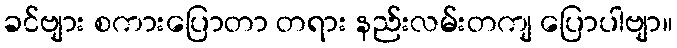
ခင်ဗျား စကားပြောတာ တရား နည်းလမ်းတကျ ပြောပါဗျာ။